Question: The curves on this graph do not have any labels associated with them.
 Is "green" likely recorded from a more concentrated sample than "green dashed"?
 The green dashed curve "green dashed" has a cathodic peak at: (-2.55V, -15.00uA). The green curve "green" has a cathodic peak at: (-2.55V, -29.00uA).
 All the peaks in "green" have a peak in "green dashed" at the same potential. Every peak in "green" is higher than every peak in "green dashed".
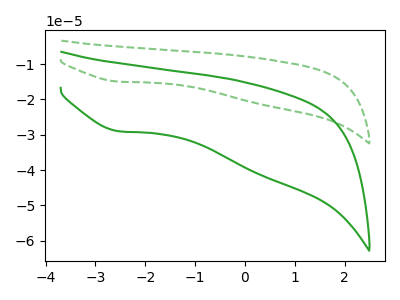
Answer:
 <answer>"green" has more signal than "green dashed".</answer>
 <eval>more_signal</eval>